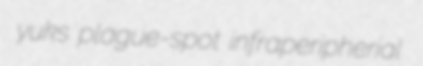
yuks plague-spot infraperipherial